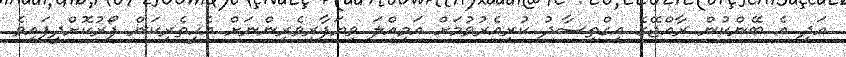
އަދި އެ ބޭންކުން ރާއްޖޭގެ އިގްތިސާދު ކުރިއެރުވުމަށް އަމިއްލަ ވިޔަފާރިވެރިންނަށް އެހީތެރިކަން ފޯރުކޮށްދީފައިވެ